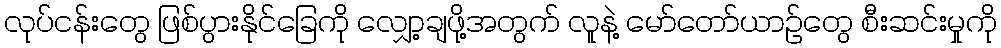
လုပ်ငန်းတွေ ဖြစ်ပွားနိုင်ခြေကို လျှော့ချဖို့အတွက် လူနဲ့ မော်တော်ယာဉ်တွေ စီးဆင်းမှုကို